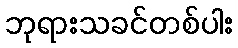
ဘုရားသခင်တစ်ပါး